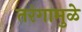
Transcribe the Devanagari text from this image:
तरंगामुळे